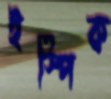
ইস্পিক